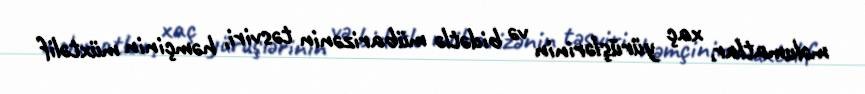
məlumatlar, xaç yürüşlərinin və bidətlə mübarizənin təsviri, həmçinin müxtəlif